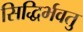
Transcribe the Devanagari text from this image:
सिद्धिर्भवतु